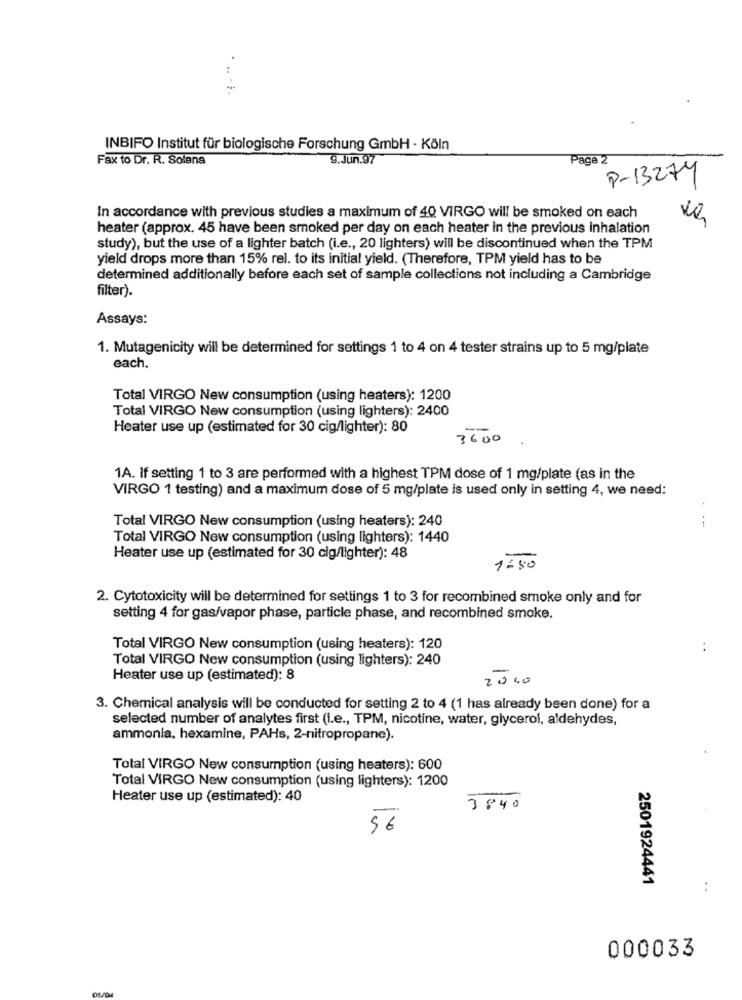
INBIFO Institut für biologische Forschung GmbH - Köln
Fax to Dr. R. Solana
9.Jun.97
Page 2
P-13274
In accordance with previous studies a maximum of 40 VIRGO will be smoked on each
heater (approx. 45 have been smoked per day on each heater in the previous inhalation
study), but the use of a lighter batch (i.e ., 20 lighters) will be discontinued when the TPM
yield drops more than 15% rel. to its initial yield. (Therefore, TPM yield has to be
determined additionally before each set of sample collections not including a Cambridge
filter).
Assays:
1. Mutagenicity will be determined for settings 1 to 4 on 4 tester strains up to 5 mg/plate
each.
Total VIRGO New consumption (using heaters): 1200
Total VIRGO New consumption (using lighters): 2400
Heater use up (estimated for 30 cig/lighter): 80
3600
1A. If setting 1 to 3 are performed with a highest TPM dose of 1 mg/plate (as in the
VIRGO 1 testing) and a maximum dose of 5 mg/plate is used only in setting 4, we need:
Total VIRGO New consumption (using heaters): 240
Total VIRGO New consumption (using lighters): 1440
Heater use up (estimated for 30 cig/lighter): 48
1:80
2. Cytotoxicity will be determined for settings 1 to 3 for recombined smoke only and for
setting 4 for gas/vapor phase, particle phase, and recombined smoke.
Total VIRGO New consumption (using heaters): 120
. .
Total VIRGO New consumption (using lighters): 240
-
Heater use up (estimated): 8
2000
3. Chemical analysis will be conducted for setting 2 to 4 (1 has already been done) for a
selected number of analytes first (i.e ., TPM, nicotine, water, glycerol, aldehydes,
ammonia, hexamine, PAHs, 2-nitropropane).
Total VIRGO New consumption (using heaters): 600
Total VIRGO New consumption (using lighters): 1200
Heater use up (estimated): 40
3840
56
2501924441
:
000033